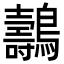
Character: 𪇘